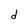
Character: d